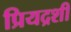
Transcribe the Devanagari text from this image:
प्रियद्रशी